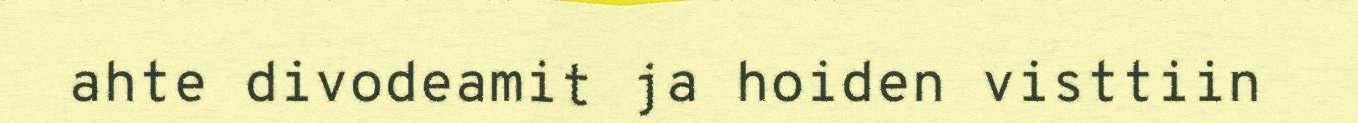
ahte divodeamit ja hoiden visttiin